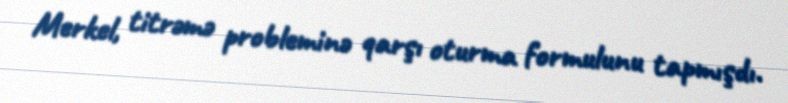
Merkel, titrəmə probleminə qarşı oturma formulunu tapmışdı.